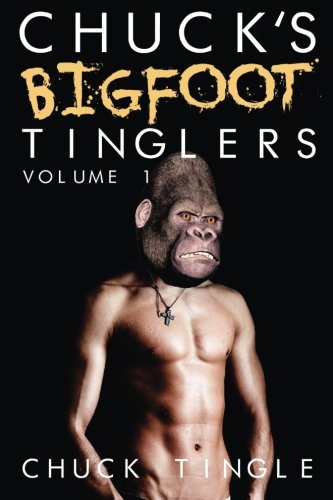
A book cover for Chuck's Bigfoot Tinglers: Volume 1; Dr. Chuck Tingle; Romance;